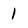
Character: 1